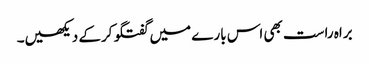
براہ راست بھی اس بارے میں گفتگو کرکے دیکھیں۔